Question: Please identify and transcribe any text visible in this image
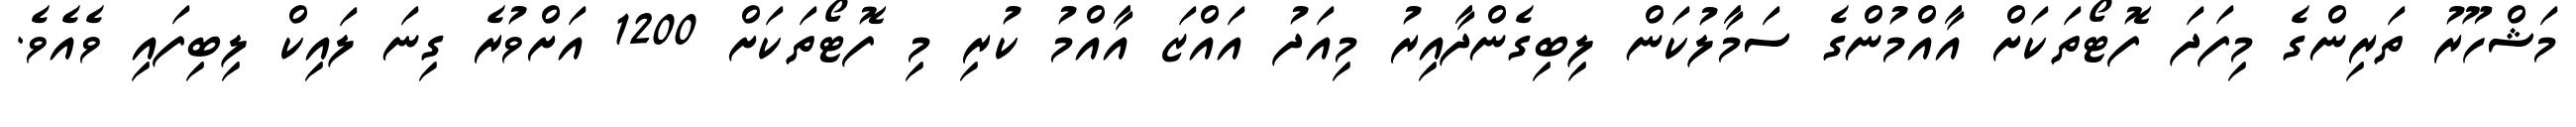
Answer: މަޝްހޫރު ތަރިންގެ މިފަދަ ފޮޓޯތަކަށް އާއްމުންގެ ސަމާލުކަން ލިބިގެންދާއިރު މިއަދު އައްޒަ އާއްމު ކުރި މި ފޮޓޯތަކަށް 1200 އަށްވުރެ ގިނަ ލައިކް ލިބިފައި ވެއެވެ.